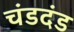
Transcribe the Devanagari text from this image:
चंडदंड